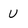
Character: U